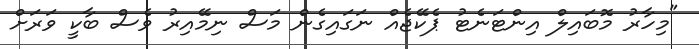
"މިހާރު މޮބައިލް އިންޓަނެޓު ޕެކޭޖެއް ނަގައިގެން މަސް ނިމޭއިރު ވެސް ބާކީ ވަރަށް